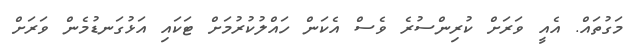
މަގުތައް. އެއީ ވަރަށް ކުރިންސުރެ ވެސް އެކަން ހައްލުކުރުމަށް ޓަކައި އަޅުގަނޑުމެން ވަރަށް